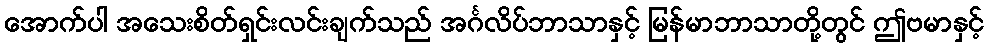
အောက်ပါ အသေးစိတ်ရှင်းလင်းချက်သည် အင်္ဂလိပ်ဘာသာနှင့် မြန်မာဘာသာတို့တွင် ဤဗမာနှင့်